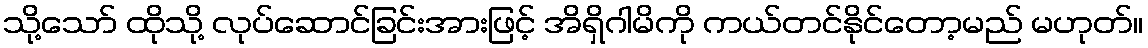
သို့သော် ထိုသို့ လုပ်ဆောင်ခြင်းအားဖြင့် အိရှိဂါမိကို ကယ်တင်နိုင်တော့မည် မဟုတ်။